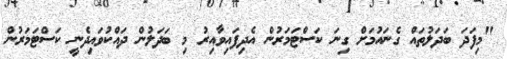
"މިފަދަ ބަދަލުތައް ގެނައުމަށް ގިނަ ކަސްޓަމަރުން އެދިފައިވާއިރު މި ބަދަލުން ދައްކުވައިދެނީ ކަސްޓަމަރުން